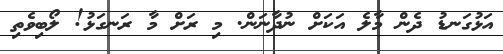
އަޅުގަނޑު ދެން މާލެ އަކަށް ނުދާނަން. މި ރަށް މާ ރަނގަޅު! ލޯބިވެތި